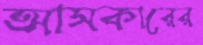
আসকারের